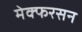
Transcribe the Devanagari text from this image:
मेक्फरसन